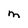
Character: M